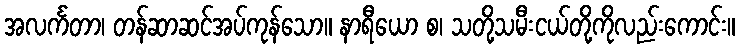
အလင်္ကတာ၊ တန်ဆာဆင်အပ်ကုန်သော။ နာရီယော စ၊ သတို့သမီးငယ်တို့ကိုလည်းကောင်း။